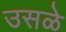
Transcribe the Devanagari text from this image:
उसळे